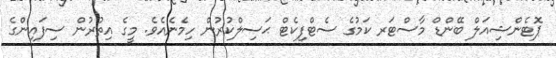
ޕޮޓެންޝިއަލް ބޭންޑް މާސްޓަރ ކަމުގެ ސެޓްފިކެޓް ޙަސިލްކުރުން ހިމެނެއެވެ. މީގެ އިތުރުން ސިފައިންގެ